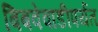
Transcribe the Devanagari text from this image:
बिबवेवाडीपर्यंत